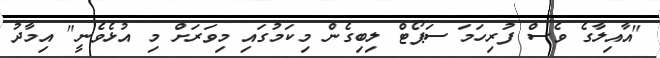
"އާއިލާގެ ވެސް ފުރިހަމަ ސަޕޯޓް ލިބިގެން މިކަމުގައި މިވަރަށް މި އުޅެވެނީ" އިމާދު